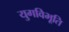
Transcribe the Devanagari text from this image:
युगविभूति